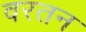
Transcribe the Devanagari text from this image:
वरतन